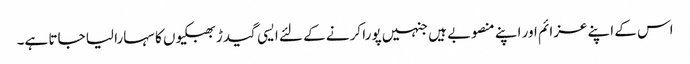
اس کے اپنے عزائم اور اپنے منصوبے ہیں جنہیں پورا کرنے کے لئے ایسی گیدڑ بھبکیوں کا سہارا لیا جاتا ہے۔